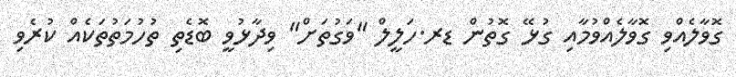
ގޮވާލެއްވި ގޮވާލެއްވުމާއި ގުޅޭ ގޮތުން ޑރ.ހަލީލް "ވަގުތަށް" ވިދާޅުވީ ބޮޑެތި ތުހުމަތުތަކެއް ކުރެވި